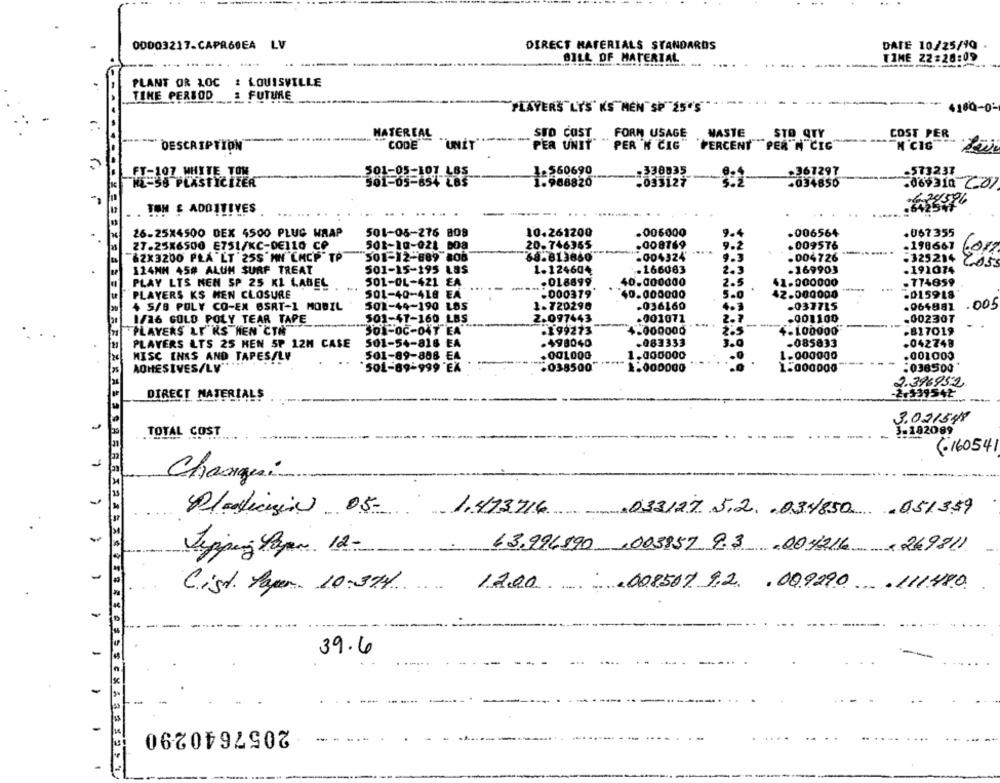
00003217.CAPR60EA LV
DIRECT MATERIALS STANDARDS
DATE 10/25/90
BILL OF MATERIAL
- -
TIME 22:28:09
PLANT OR LOC : LOUISVILLE
& FUTURE
TIME PERIOD
PLAYERS LY'S KS MEN SP 25"'S
4180-0-
FORN USAGE
NASTE
COST PER
MATEREAL
-
STO COST
STO QTY
DESCRIPTION
CODE
"UNIT
PER UNIT"
" PER"N CIG
PERCENT PER N CIG
M CIG
FT-107 WHITE TOM
501-05-101
1.560690
-338035
.361297
-573231
H=55 PLASTICIZER
501-65-854
1.968820
-033127
+034850
.069310 CO/
TON £ ADDITIVES
... .....
26-25X4500 DEX 4500 PLUG WRAP
501-08-276 808
10.261200
.006000
9.4
.006564
.067355
Z7.25X6500 E751/KC-DE110 CP
501-10-021 008
20.746355
.008769
9.2
009576
.198667
62X3200 PLA LT 25S'MN "LACP"TP
501-12-889 808
68.813860
.004324
9.3
.004726
-325214
6017
124MM 45# ALUM SURF TREAT
501-15-195 LBS
1.124604
.166063
2.3
-169903
-191074
501-0L-421 EA
.018899
40.000000
2.5
41-000000
. 774859
PLAY LTS NEN SP 25 KL LABEL
PLAYERS KS HEN CLOSURE
501-40-418 EA
.000379
40.000000
5.0
42.000000
-015918
+ 5/8 POLY CO-EN BSAT-1 MOBIL
502-44-190 LBS
1.720290
-036160
4.3
-037715
.064881
.005
1/16 GOLD POLY TEAR TAPE
501-47-160 LBS
2.097443
.001071
2.7
.001100
-002307
4-000000
2.5
"PLAYERS LE KS HEN CTN
SOS-0C-047 EA
-199273
-817019
PLAYERS LTS 25 HEN SP 12H CASE
501-54-818 EA
-498040
-083333
3.0
-085833
.042748
MISC INKS AND TAPES/LY
501-89-808 EA
. 001000
1.000000
1.000000
.001000
ADHESIVES/LV'
501-89-999 'EX
-038500
1.000000
:038500
1.000000
2.396952
DIRECT MATERIALS
1345
3.021548
3-182099
TOTAL COST
(160541
Changei
Plasticizin 05
1.473716 033127.5.2 .034850 ,051359
13.996890 ,003857 9.3 .004216 ,269811
Tipping Paper. 12-
-
1200 , 008507 9.2 , 009290 .111480
Cist. Paper. 10:394
39.6
2057640290